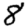
Digit: 8